Vaccination in Bombay 1889-1901 - 1889-1901
Year: 1889
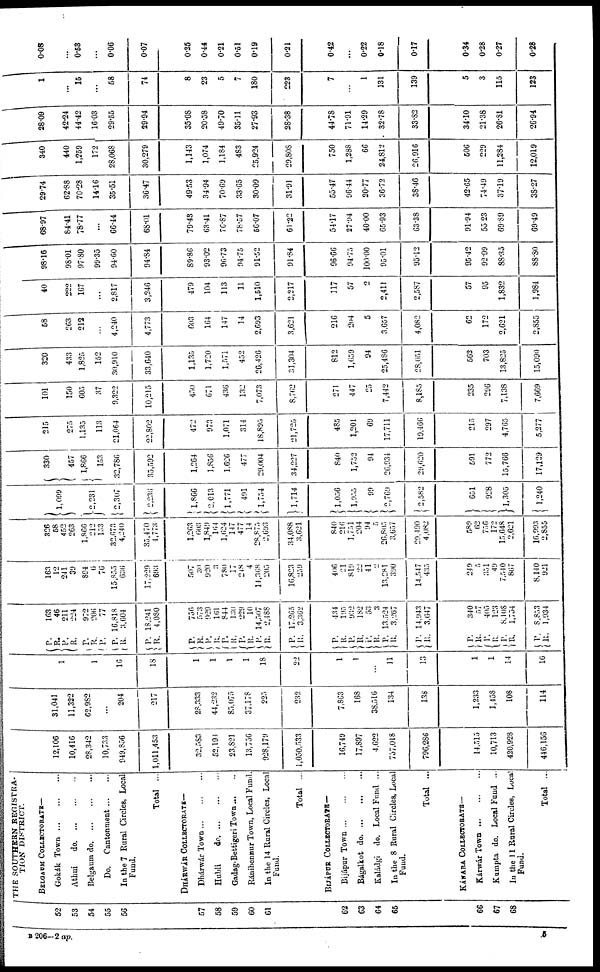
52
53
54
55
56
57
58
59
60
61
62
63
64
65
66
67
68
THE SOUTHERN REGISTRA-
TION DISTRICT.
BELGAUM COLLECTORATE—
Gokák Town
...
...
...
Athni
do.
...
...
...
Belgaum do
...
...
...
Do.
Cantonment
...
...
In the 7 Rural Circles, Local
Fund.
Total ...
DHÁRWÁR COLLECTORATE—
Dhárwár Town
...
...
...
Hubli
do
...
...
...
Gadag-Bettigeri Town
...
..
Ránibennur Town, Local Fund.
In the 14 Rural Circles, Local
Fund.
Total ...
BIJÁPUR COLLECTORATE —
Bijápur Town
...
...
...
Bágalkot do
...
...
...
Kaládgi
do. Local Fund ...
In the 8 Rural Circles, Local
Fund.
Total ...
KÁNARA COLLECTORATE—
Kárwár Town
...
...
...
Kumpta do. Local Fund ...
In the 11 Rural Circles, Local
Fund.
Total ...
12,106
10,416
28,342
10,733
949,856
1,011,453
32,583
52,194
23,821
13,756
928,179
1,050,533
16,749
17,897
4,622
757,018
796,286
14,515
10,713
420,928
446,156
31,041
11,322
62,982
...
204
217
28,333
44,232
85,075
37,178
225
232
7,863
168
38,516
134
138
1,233
1,158
108
114
1
1
16
18
1
1
1
1
18
22
1
1
...
11
13
1
1
14
16
P.
R.
P.
R.
P.
R.
P.
P.
R.
P.
R.
P.
R.
P.
R.
P.
R.
P.
R.
P.
R.
P.
R.
P. R.
P.
R.
P.
R. P.
R.
P.
R.
P.
R.
P.
R. P.
R.
P.
R.
163
46
211
224
972
206
77
16,818
3,604
18,241
4,080
756
573
929
161
844
130
229
10
14,507
2,488
17,265
3,362
434
195
932
182
53
3
13,524
3,267
14,943
3,647
340
57
405
123
8,108
1,754
8,853
1,934
163
12
241
39
894
6
76
15,855
636
17,229
693
507
30
920
3
780
17
248
4
14,368
205
16,823
259
406
21
819
22
41
2
13,281
390
14,547
435
249
5
351
49
7,540
867
8,140
921
326
58
452
263
1,866
212
153
32,673
4,240
35,470
4,773
1,263
603
1,849
164
1,624
147
477
14
28,875
2,693
34,088
3,621
840
216
1,751
204
94
5
26,805
3,657
29,490
4,082
589
62
756
172
15,648
2,621
16,993
2,855
1,099
2,231
2,307
2,236
1,866
2,013
1,771
491
1,754
1,714
1,056
1,955
99
2,769
2,582
651
928
1,305
1,240
330
457
1,866
153
32,786
35,592
1,264
1,856
1,626
477
29,004
34,227
840
1,752
94
26,934
29,620
591
772
15,766
17,129
215
275
1,135
113
21,064
22,802
472
973
1,071
314
18,895
21,725
485
1,201
69
17,711
19,166
215
297
4,765
5,277
101
150
605
37
9,322
10,215
450
671
436
132
7,073
8,762
271
447
25
7,442
8,185
235
296
7,138
7,669
320
433
1,825
152
30,910
33,640
1,135
1,720
1,571
452
26,426
31,304
812
1,659
94
25,486
28,051
562
703
13,825
15,090
58
263
212
...
4,240
4,773
603
164
147
14
2,693
3,621
216
204
5
3,657
4,082
62
172
2,621
2,855
40
222
167
...
2,817
3,246
479
104
113
11
1,510
2,217
117
57
2
2,411
2,587
57
95
1,832
1,984
98.16
98.01
97.80
99.35
94.60
94.84
89.86
93.02
96.73
94.75
91.52
91.84
96.66
94.75
100.00
95.01
95.12
95.42
92.99
88.35
88.80
68.97
84.41
78.77
...
66.44
68.01
79.43
63.41
76.87
78.57
56.07
61.22
54.17
27.94
40.00
65.93
63.38
91.94
55.23
69.89
69.49
29.74
62.88
70.28
14.16
35.51
36.47
49.53
34.94
70.69
33.65
30.09
31.91
55.47
96.44
20.77
36.72
38.46
42.65
74.49
37.19
38.27
340
440
1,259
172
28,068
30,279
1,143
1,074
1,184
483
25,924
29,808
750
1,288
66
24,812
26,916
506
229
11,284
12,019
28.09
42.24
44.42
16.03
29.55
29.94
35.08
20.58
49.70
35.11
27.93
28.38
44.78
71.91
14.29
32.78
33.82
34.10
21.38
26.81
26.94
1
...
15
...
58
74
8
23
5
7
180
223
7
...
1
131
139
5
3
115
123
0.08
...
0.53
...
0.06
0.07
0.25
0.44
0.21
0.51
0.19
0.21
0.42
...
0.22
0.18
0.17
0.34
0.28
0.27
0.28
B 206—2 ap.
5